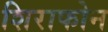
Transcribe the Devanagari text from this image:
शिराफोन